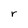
Character: r